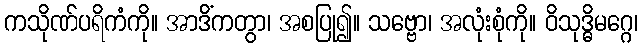
ကသိုဏ်ပရိကံကို။ အာဒိံကတွာ၊ အစပြု၍။ သဗ္ဗော၊ အလုံးစုံကို။ ဝိသုဒ္ဓိမဂ္ဂေ၊